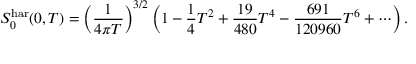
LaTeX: S _ { 0 } ^ { \mathrm { h a r } } ( 0 , T ) = \left( \frac { 1 } { 4 \pi T } \right) ^ { 3 / 2 } \left( 1 - \frac { 1 } { 4 } T ^ { 2 } + \frac { 1 9 } { 4 8 0 } T ^ { 4 } - \frac { 6 9 1 } { 1 2 0 9 6 0 } T ^ { 6 } + \cdots \right) .